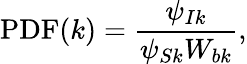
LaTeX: \mathrm{PDF}(k)=\frac{\psi_{Ik}}{\psi_{Sk}W_{bk}},